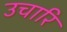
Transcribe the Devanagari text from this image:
उचारि